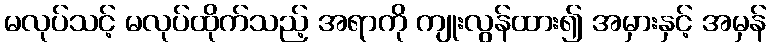
မလုပ်သင့် မလုပ်ထိုက်သည့် အရာကို ကျုးလွန်ထား၍ အမှားနှင့် အမှန်